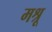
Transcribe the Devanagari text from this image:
मश्रू